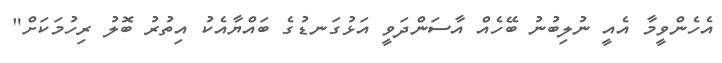
އެހެންވީމާ އެއީ ނުލިބުނު ބޭހެއް އާސަންދަވީ އަޅުގަނޑުގެ ބައްޔާއެކު އިތުރު ބޮލު ރިހުމަކަށް"